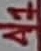
Text: A7